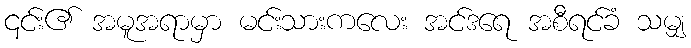
၎င်း၏ အမူအရာမှာ မင်းသားကလေး အင်ဒရေ အစီရင်ခံ သမျှ